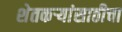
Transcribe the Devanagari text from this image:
शेतकर्‍यांसाठीचा